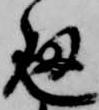
通